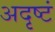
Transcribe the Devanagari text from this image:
अदृष्टं